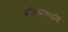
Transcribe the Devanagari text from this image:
आदिमस्थान